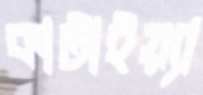
কাটাইয়্যা